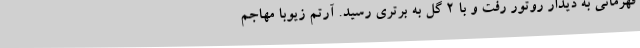
قهرمانی به دیدار روتور رفت و با 2 گل به برتری رسید. آرتم زیوبا مهاجم